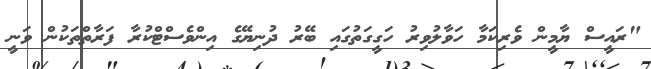
"ރައީސް ޔާމީން ވެރިކަމާ ހަވާލުވިރު ހަގީގަތުގައި ބޭރު ދުނިޔޭގެ އިންވެސްޓްކުރާ ފަރާތްތަކުން ވަނީ